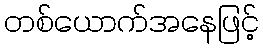
တစ်ယောက်အနေဖြင့်